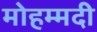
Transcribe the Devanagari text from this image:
मोहम्‍मदी